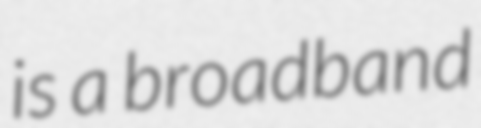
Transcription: is a broadband